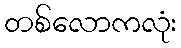
တစ်လောကလုံး